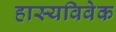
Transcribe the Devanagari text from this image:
हास्यविवेक